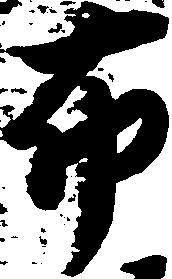
布